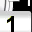
Digit: 1